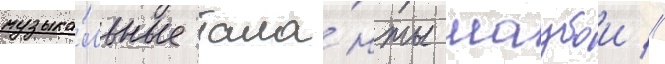
музыка́льные тала́нты маубои //